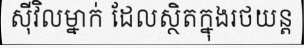
ស៊ីវិលម្នាក់ ដែលស្ថិតក្នុងរថយន្ត